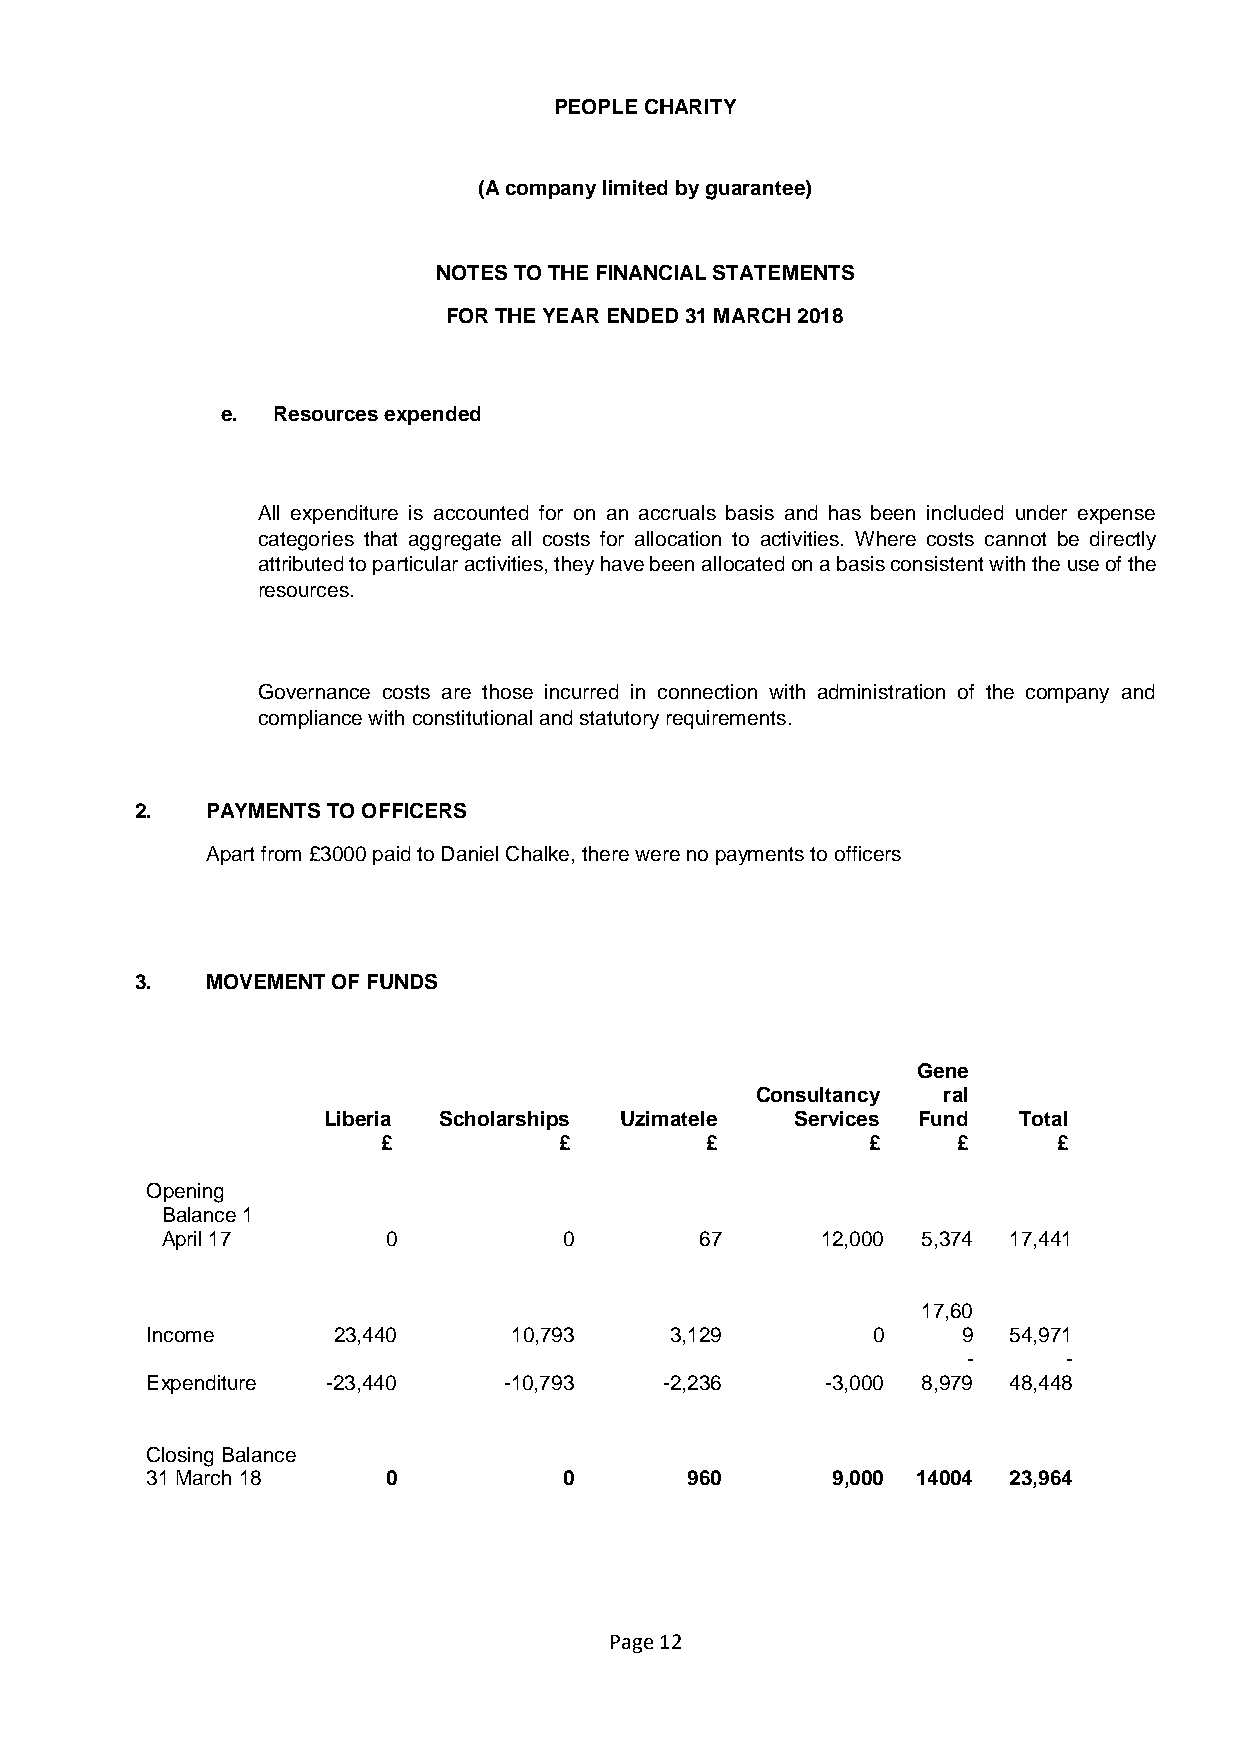
PEOPLE CHARITY
 (A company limited by guarantee)
 NOTES TO THE FINANCIAL STATEMENTS
 FOR THE YEAR ENDED 31 MARCH 2018
 e. Resources expended
 All expenditure is accounted for on an accruals basis and has been included under expense
 categories that aggregate all costs for allocation to activities. Where costs cannot be directly
 attributed to particular activities, they have been allocated on a basis consistent with the use of the
 resources.
 Governance costs are those incurred in connection with administration of the company and
 compliance with constitutional and statutory requirements.
 2.   PAYMENTS TO OFFICERS
 Apart from £3000 paid to Daniel Chalke, there were no payments to officers
 3.   MOVEMENT OF FUNDS
 Gene
 Consultancy ral
 Liberia Scholarships Uzimatele  Services Fund Total
 £           £         £          £    £      £
 Opening
 Balance 1
 April 17       0          0        67      12,000 5,374 17,441
 17,60
 Income      23,440      10,793    3,129         0     9  54,971
 -      -
 Expenditure -23,440    -10,793    -2,236     -3,000 8,979 48,448
 Closing Balance
 31 March 18     0          0        960      9,000 14004 23,964
 Page 12